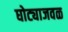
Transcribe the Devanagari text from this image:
घोट्याजवळ